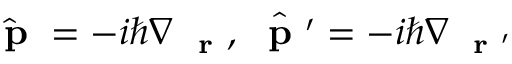
\hat { \mathrm { ~ \bf ~ p ~ } } = - i \hbar \nabla _ { \mathrm { ~ \bf ~ r ~ } } , \hat { \mathrm { ~ \bf ~ p ~ } ^ { \prime } } = - i \hbar \nabla _ { \mathrm { ~ \bf ~ r ~ } ^ { \prime } }